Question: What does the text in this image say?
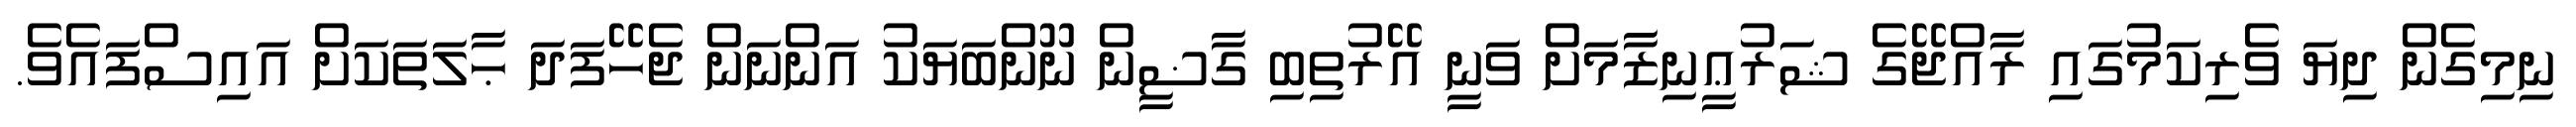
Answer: ނިމިގެން ދިޔަ ވެރިކަމުގައި ރާއްޖޭގެ ޝަރުޢީނިޒާމަށް ވަނީ އޭރުތިބި ގާޟީން ނޫންބަޔަކު އަންނަން ޖެހޭފަދަ ޙާލަތަކަށް އައިސްފައެވެ.